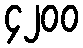
၄၂၀၀